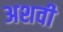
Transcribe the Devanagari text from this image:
अशवी